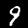
Digit: 9